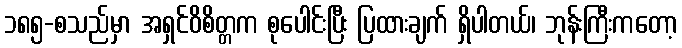
၁၈၅-စသည်မှာ အရှင်ဝိစိတ္တက စုပေါင်းပြီး ပြထားချက် ရှိပါတယ်၊ ဘုန်းကြီးကတော့